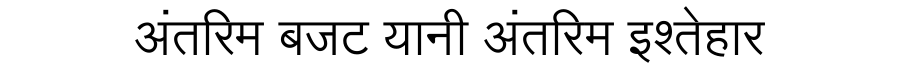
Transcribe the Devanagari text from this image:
अंतरिम बजट यानी अंतरिम इश्तेहार